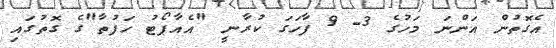
އެގޮތުން އަންނަ މަހުގެ 3- 9 ފާހަގަ ކުރާނީ "އެއާޕޯޓު ހަފުތާ"ގެ ގޮތުގައި